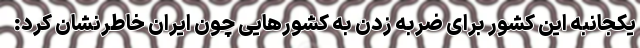
یکجانبه این کشور برای ضربه زدن به کشورهایی چون ایران خاطرنشان کرد: